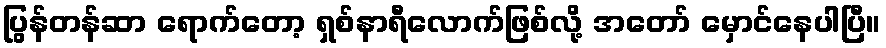
ပြွန်တန်ဆာ ရောက်တော့ ရှစ်နာရီလောက်ဖြစ်လို့ အတော် မှောင်နေပါပြီ။